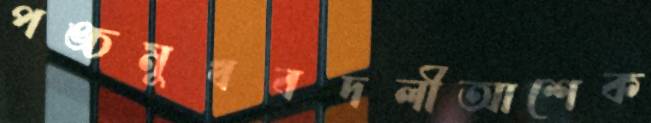
পঙ্চমুখবদলীআশেক